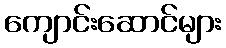
ကျောင်းဆောင်များ